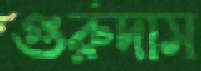
গুরুদাস